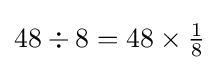
48\div 8=48\times {\tfrac {1}{8}}